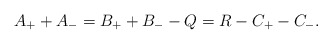
\begin{align*}A_{+}+A_{-}=B_{+}+B_{-}-Q=R-C_{+}-C_{-}.\end{align*}